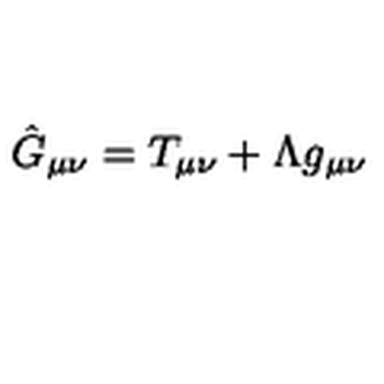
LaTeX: \hat { G } _ { \mu \nu } = { T } _ { \mu \nu } + \Lambda { g } _ { \mu \nu }